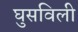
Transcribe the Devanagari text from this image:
घुसविली